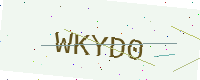
Text: WKYD0